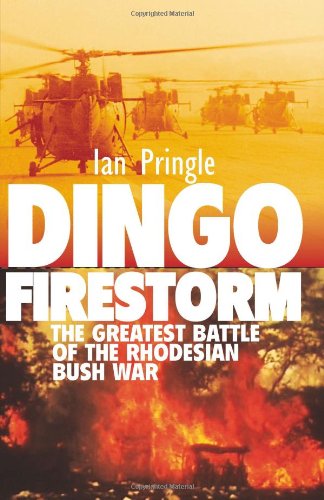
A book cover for DINGO FIRESTORM: The Greatest Battle of the Rhodesian Bush War; Ian Pringle; History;